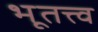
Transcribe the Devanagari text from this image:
भूतत्त्व